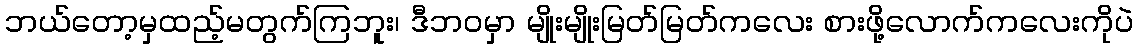
ဘယ်တော့မှထည့်မတွက်ကြဘူး၊ ဒီဘဝမှာ မျိုးမျိုးမြတ်မြတ်ကလေး စားဖို့လောက်ကလေးကိုပဲ